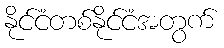
နိုင်ငံတစ်နိုင်ငံအတွက်